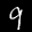
Label: 9